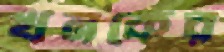
খনকের